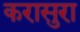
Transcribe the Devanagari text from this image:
करासुरा